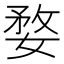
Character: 婺